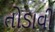
તોડાવી